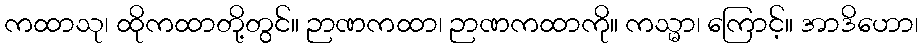
ကထာသု၊ ထိုကထာတို့တွင်။ ဉာဏကထာ၊ ဉာဏကထာကို။ ကသ္မာ၊ ကြောင့်။ အာဒိဟော၊